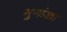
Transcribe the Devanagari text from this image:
गुणांखा